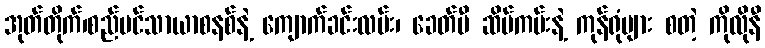
အုတ်တိုက်၊စည်ပင်သာယာစနစ်နဲ့ ကျောက်ခင်းလမ်း၊ ခေတ်မီ ဆိပ်ကမ်းနဲ့ ကုန်ရုံများ စတဲ့ ကိုလိုနီ